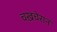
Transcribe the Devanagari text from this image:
चख़चेरान